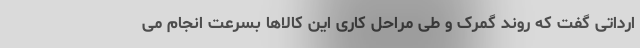
ارداتی گفت که روند گمرک و طی مراحل کاری این کالاها بسرعت انجام می